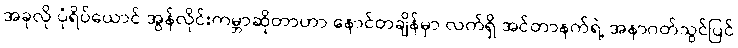
အခုလို ပုံရိပ်ယောင် အွန်လိုင်းကမ္ဘာဆိုတာဟာ နောင်တချိန်မှာ လက်ရှိ အင်တာနက်ရဲ့ အနာဂတ်သွင်ပြင်